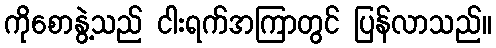
ကိုစောနွဲ့သည် ငါးရက်အကြာတွင် ပြန်လာသည်။